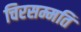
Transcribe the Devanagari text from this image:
चिरसम्मति